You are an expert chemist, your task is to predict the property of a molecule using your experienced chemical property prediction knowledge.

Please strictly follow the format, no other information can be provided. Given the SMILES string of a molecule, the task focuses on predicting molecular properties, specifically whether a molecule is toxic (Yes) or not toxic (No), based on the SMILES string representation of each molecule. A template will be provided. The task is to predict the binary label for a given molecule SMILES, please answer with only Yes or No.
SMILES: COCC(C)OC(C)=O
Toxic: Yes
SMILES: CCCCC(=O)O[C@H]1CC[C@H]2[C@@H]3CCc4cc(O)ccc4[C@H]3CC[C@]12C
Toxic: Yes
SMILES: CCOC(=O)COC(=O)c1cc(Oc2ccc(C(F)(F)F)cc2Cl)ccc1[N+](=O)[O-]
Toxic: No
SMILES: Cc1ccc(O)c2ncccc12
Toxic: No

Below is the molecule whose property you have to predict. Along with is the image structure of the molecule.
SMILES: O=C1CCC(N2C(=O)c3ccccc3C2=O)C(=O)N1
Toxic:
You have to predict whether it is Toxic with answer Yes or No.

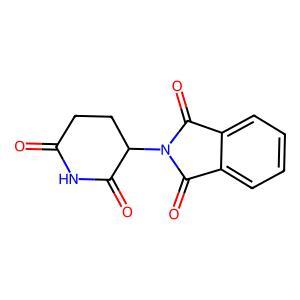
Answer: No